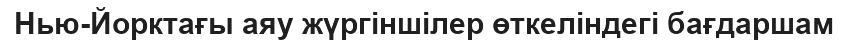
Нью-Йорктағы аяу жүргіншілер өткеліндегі бағдаршам